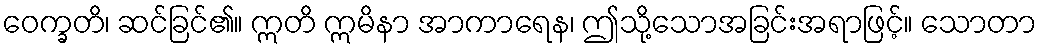
ဝေက္ခတိ၊ ဆင်ခြင်၏။ ဣတိ ဣမိနာ အာကာရေန၊ ဤသို့သောအခြင်းအရာဖြင့်။ သောတာ